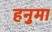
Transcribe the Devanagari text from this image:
हनुमा